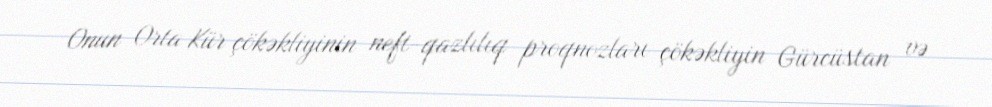
Onun Orta Kür çökəkliyinin neft-qazlılıq proqnozları çökəkliyin Gürcüstan və